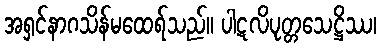
အရှင်နာဂသိန်မထေရ်သည်။ ပါဋလိပုတ္တသေဋ္ဌိဿ၊